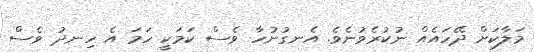
މަލާކަށް ދޭހައެއް ނުކުރެވުނެވެ. އެނގުނުހާ ވެސް ކަމަކީ ހަމަ އެ ހިނދު ވެސް